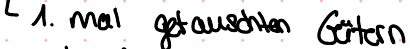
1. mal getauschten Gütern